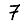
Digit: 7